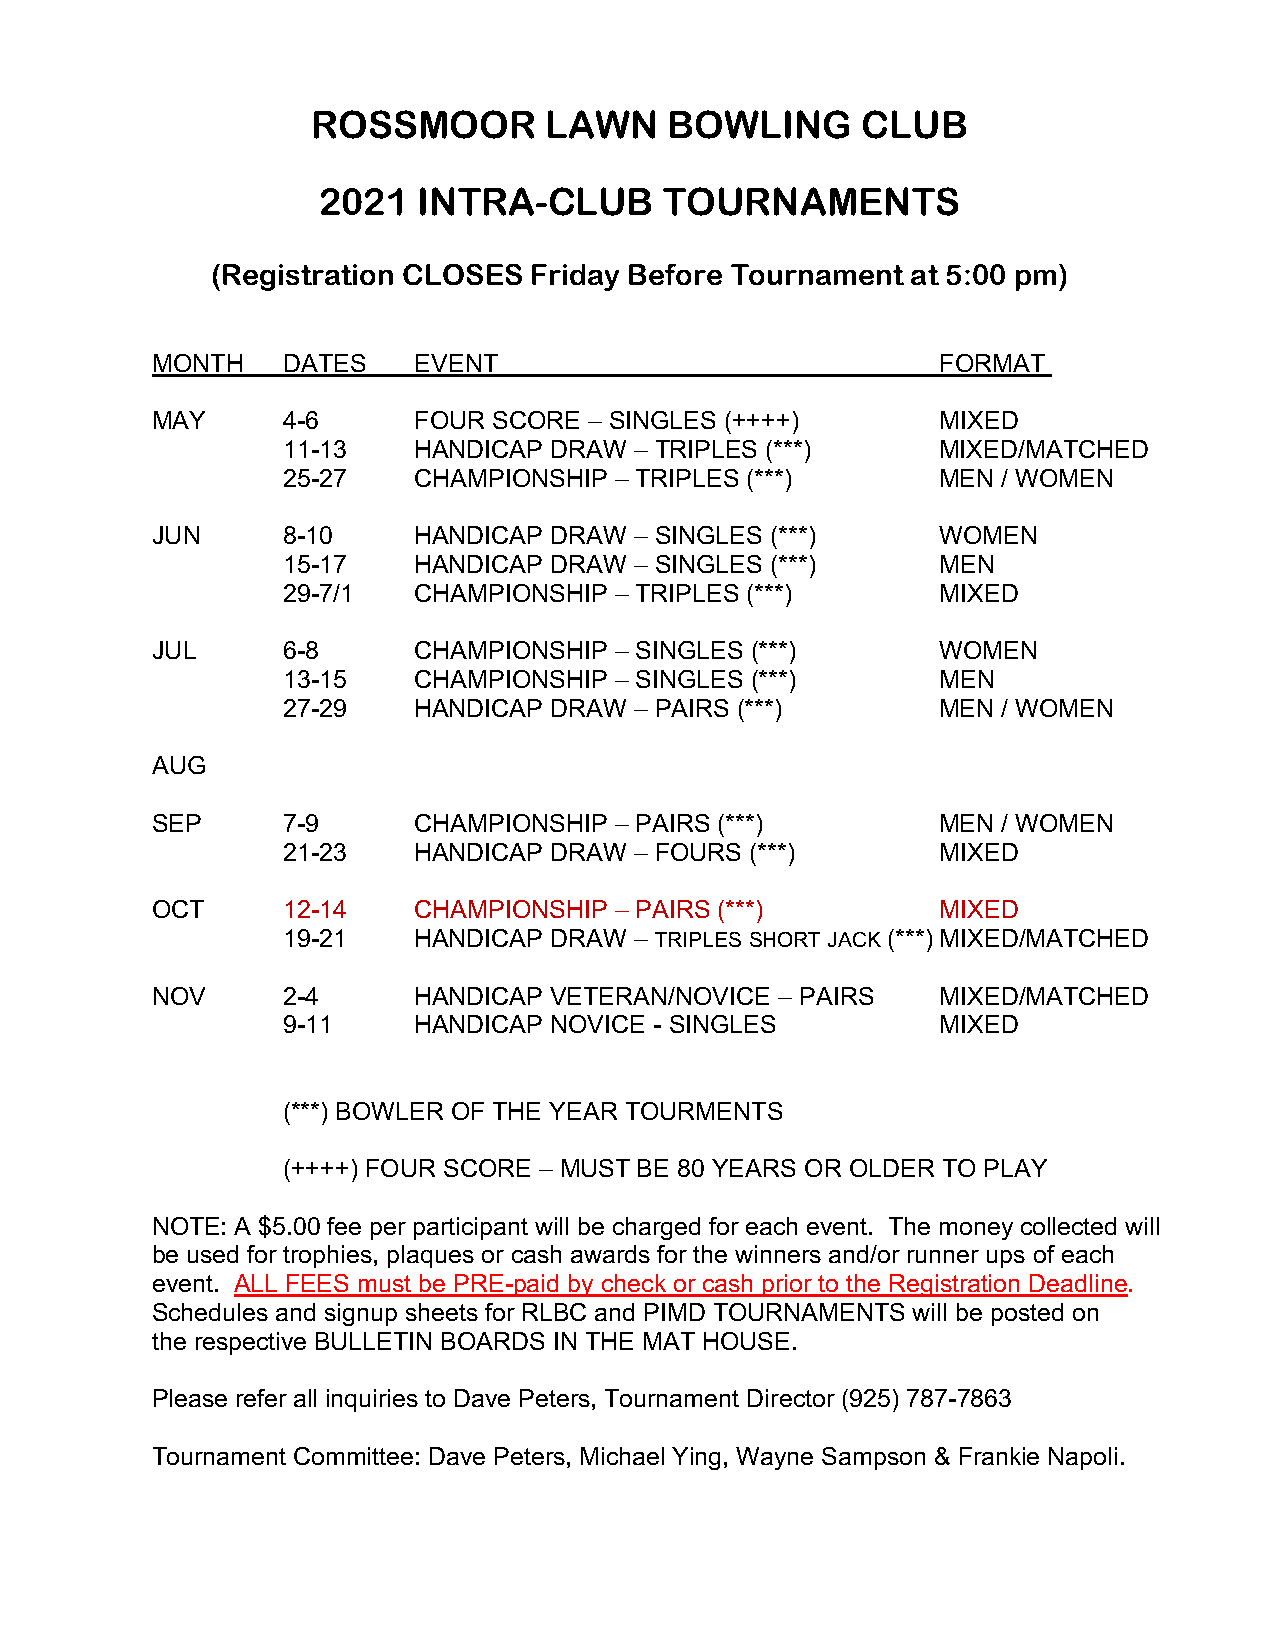
ROSSMOOR       LAWN    BOWLING      CLUB
 2021   INTRA-CLUB      TOURNAMENTS
 (Registration CLOSES Friday Before Tournament at 5:00 pm)
 MONTH    DATES   EVENT                              FORMAT
 MAY      4-6     FOUR  SCORE – SINGLES (++++)       MIXED
 11-13   HANDICAP DRAW  – TRIPLES (***)     MIXED/MATCHED
 25-27   CHAMPIONSHIP  – TRIPLES (***)      MEN / WOMEN
 JUN      8-10    HANDICAP DRAW  – SINGLES (***)     WOMEN
 15-17   HANDICAP DRAW  – SINGLES (***)     MEN
 29-7/1  CHAMPIONSHIP  – TRIPLES (***)      MIXED
 JUL      6-8     CHAMPIONSHIP  – SINGLES (***)      WOMEN
 13-15   CHAMPIONSHIP  – SINGLES (***)      MEN
 27-29   HANDICAP DRAW  – PAIRS (***)       MEN / WOMEN
 AUG
 SEP      7-9     CHAMPIONSHIP  – PAIRS (***)        MEN / WOMEN
 21-23   HANDICAP DRAW  – FOURS (***)       MIXED
 OCT      12-14   CHAMPIONSHIP  – PAIRS (***)        MIXED
 19-21   HANDICAP DRAW  – TRIPLES SHORT JACK (***) MIXED/MATCHED
 NOV      2-4     HANDICAP VETERAN/NOVICE  – PAIRS   MIXED/MATCHED
 9-11    HANDICAP NOVICE - SINGLES          MIXED
 (***) BOWLER OF THE YEAR TOURMENTS
 (++++) FOUR SCORE – MUST BE 80 YEARS OR OLDER TO PLAY
 NOTE: A $5.00 fee per participant will be charged for each event. The money collected will
 be used for trophies, plaques or cash awards for the winners and/or runner ups of each
 event. ALL FEES must be PRE-paid by check or cash prior to the Registration Deadline.
 Schedules and signup sheets for RLBC and PIMD TOURNAMENTS will be posted on
 the respective BULLETIN BOARDS IN THE MAT HOUSE.
 Please refer all inquiries to Dave Peters, Tournament Director (925) 787-7863
 Tournament Committee: Dave Peters, Michael Ying, Wayne Sampson & Frankie Napoli.